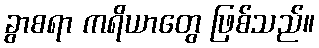
ခွာစရာ ကရိယာတွေ ဖြစ်သည်။